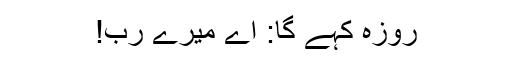
روزہ کہے گا: اے میرے رب!